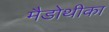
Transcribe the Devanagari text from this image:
मैडोथीका